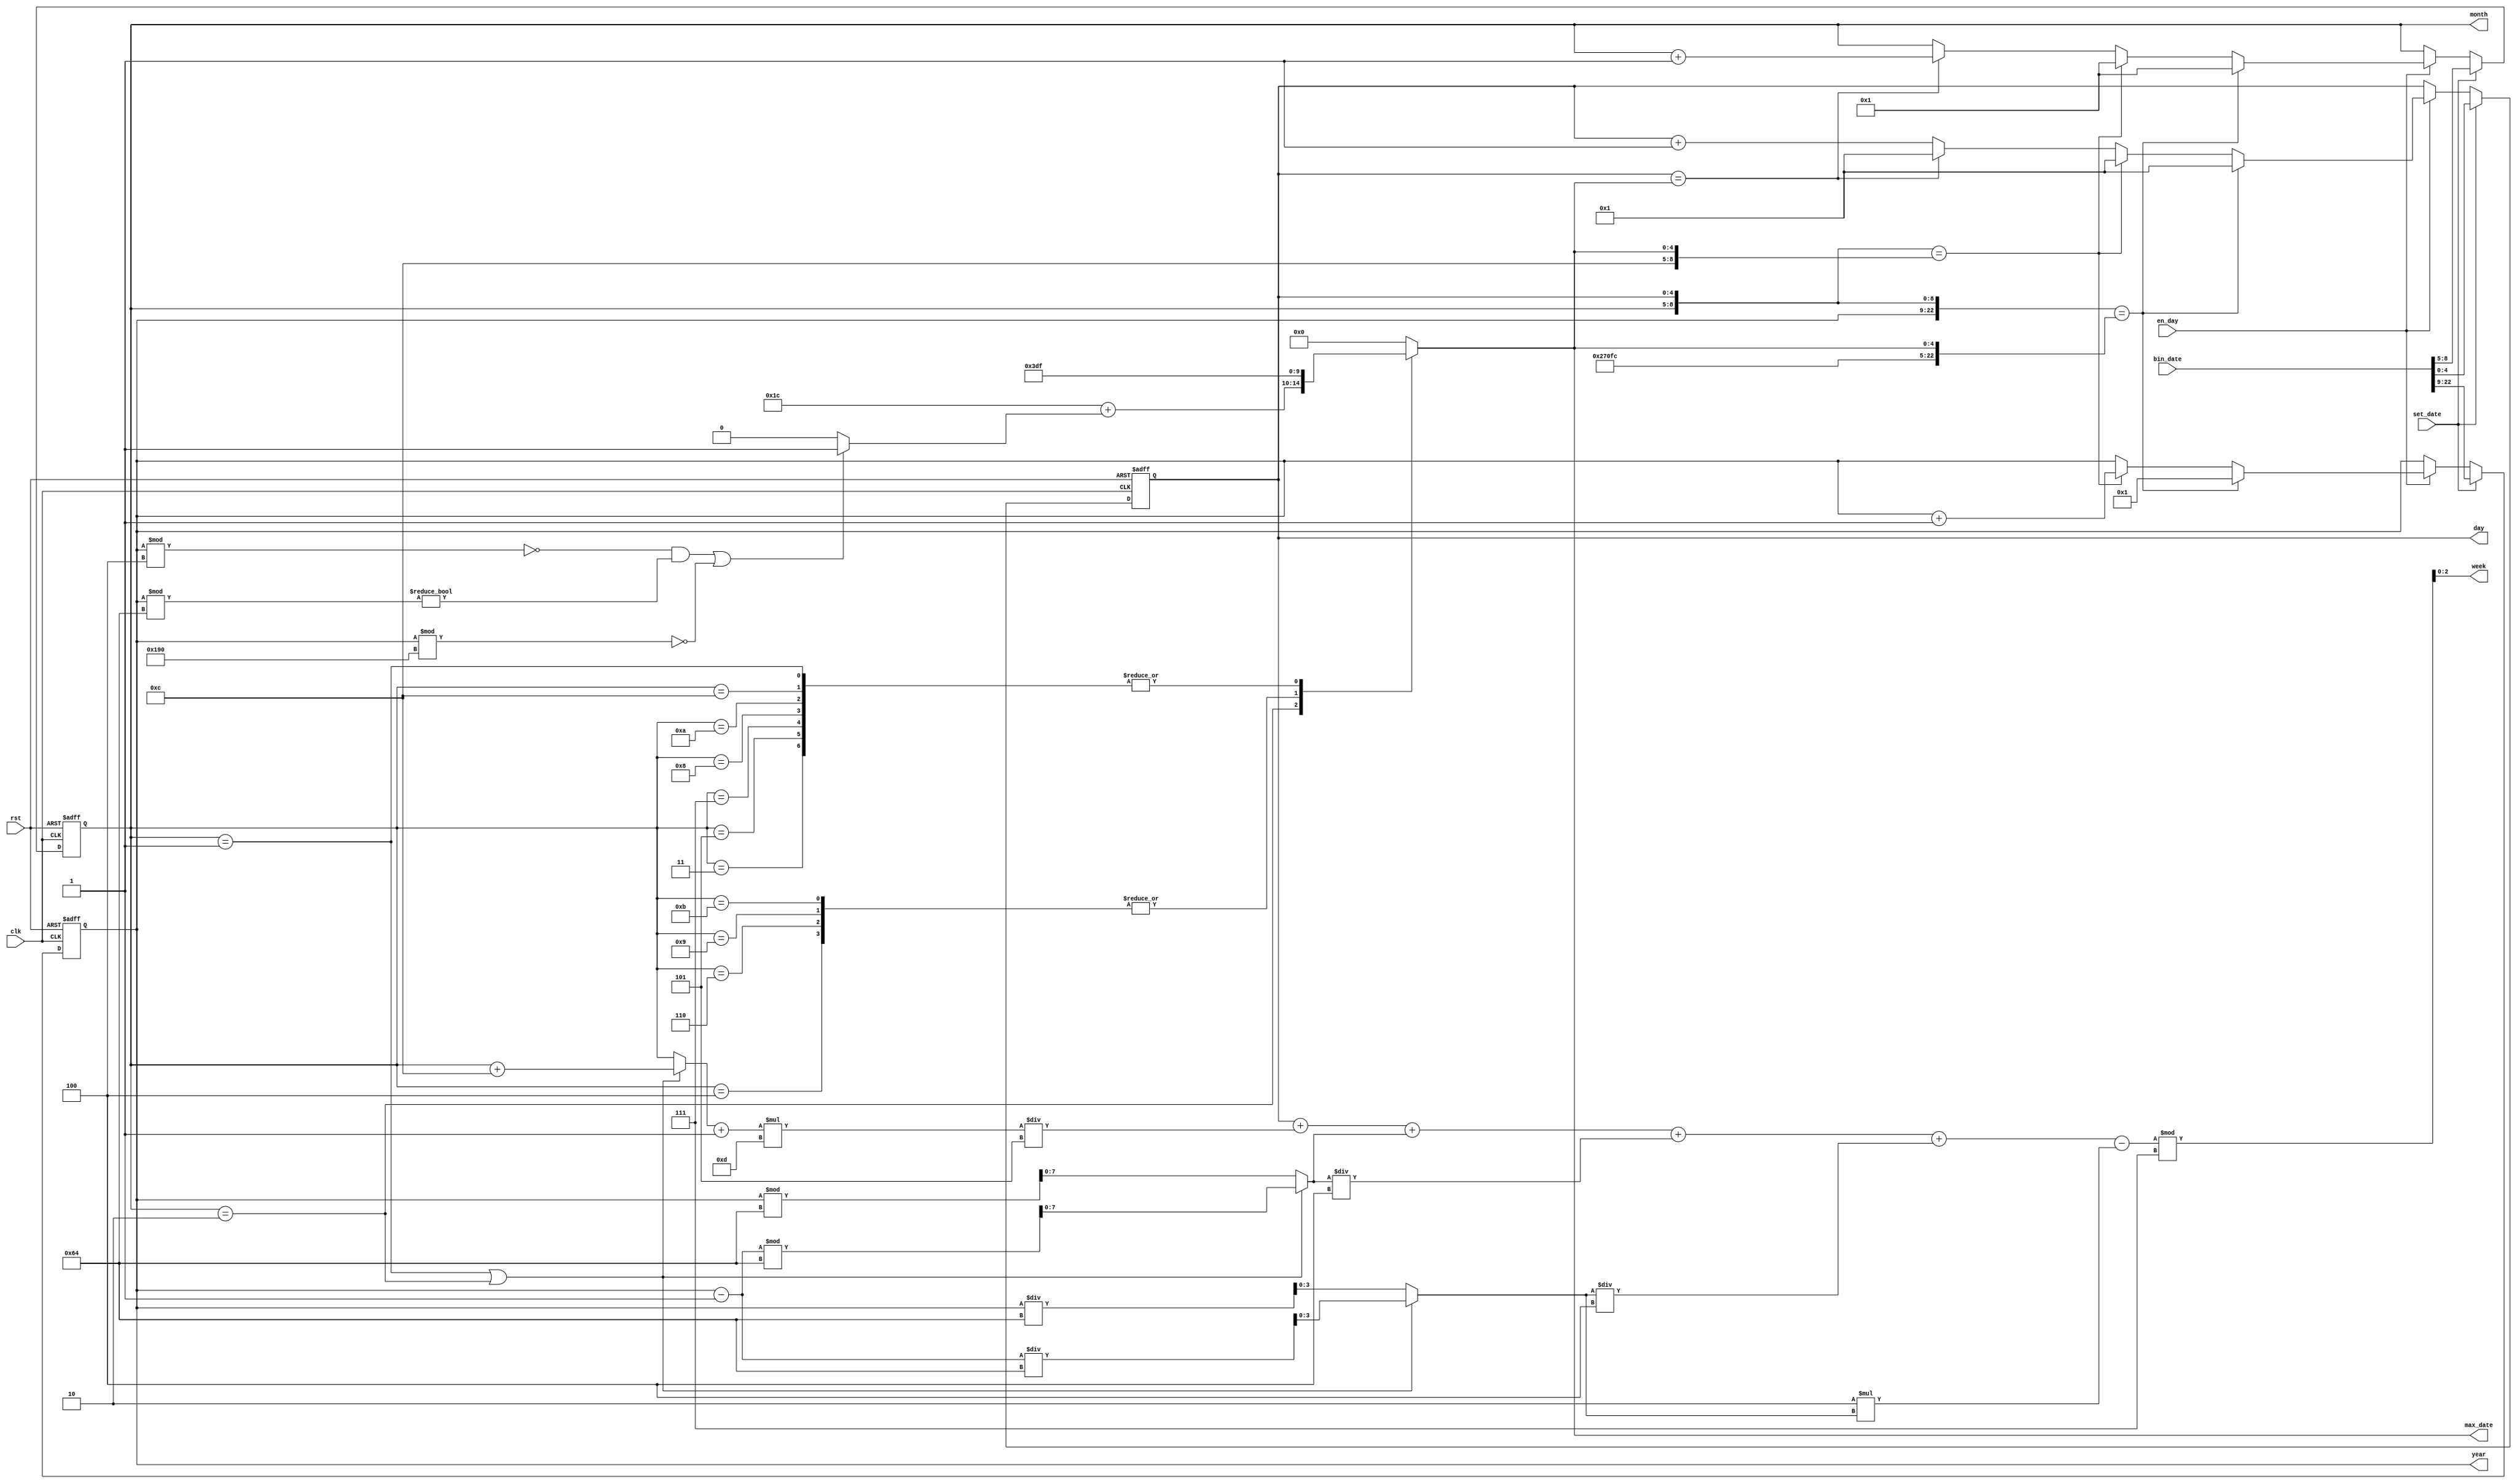
module watch_date (
	clk, rst, 
	en_day, 
	set_date,
				
	bin_date,
	max_date,
	year,
	month,
	day,
	week
	);
	
	input					clk, rst, en_day;
	input					set_date;
	input		[22:0]	bin_date;
	output	[4:0]		max_date;
	output	[13:0]	year;
	output	[3:0]		month;
	output	[4:0]		day;
	output	[2:0]		week;
	
	wire					clk, rst, en_day;
	wire		[22:0]	bin_date;
	reg		[4:0]		max_date;
	reg		[13:0]	year;
	reg		[3:0]		month;
	reg		[4:0]		day;
	wire		[2:0]		week;

	wire 	leap_year;
	

	// leap_year
	assign leap_year = (((year % 4) == 0 && (year % 100) != 0) || (year % 400) == 0) ? 1'b1 : 1'b0;
			
			
	//define of week
	wire	[7:0] k = (month == 1 || month == 2) ? (year - 1'd1) % 7'd100 : year % 7'd100;
	wire	[3:0] j = (month == 1 || month == 2) ? (year - 1'd1) / 7'd100 : year / 7'd100;
	wire	[3:0] m = (month == 1 || month == 2) ? month + 4'd12 : month;
	
	
	assign week = (day + ((m + 1'b1) * 8'd13 / 3'd5) + k + (k / 3'd4) + (j / 3'd4) - (8'd2 * j)) % 3'd7;
	
	
	
	always @ (*) begin
		case (month)
			4'd1		:	max_date	<= 5'd31;
			4'd2		:	max_date	<= 5'd28 + leap_year;
			4'd3		:	max_date	<= 5'd31;
			4'd4		:	max_date	<= 5'd30;
			4'd5		:	max_date	<= 5'd31;
			4'd6		:	max_date	<= 5'd30;
			4'd7		:	max_date	<= 5'd31;
			4'd8		:	max_date	<= 5'd31;
			4'd9		:	max_date	<= 5'd30;
			4'd10		:	max_date	<= 5'd31;
			4'd11		:	max_date	<= 5'd30;
			4'd12		:	max_date	<= 5'd31;
			default	:	max_date	<= 0;
		endcase
	end

	
	always @(posedge clk or negedge rst) begin
		if (!rst) begin
			{year, month, day}	<= 0;
		end
		else if (set_date)
			{year, month, day}	<= bin_date;
			
		else begin
			year		<= year;
			month		<= month;
			day		<= day;
			
			if (en_day) begin
				casex({year, month, day})
					{14'd9999, 4'd12, max_date} : begin
						year		<= 1'd1;
						month		<= 1'd1;
						day		<= 1'd1;
					end
					
					{14'dx, 4'd12, max_date} : begin
						year		<= year + 1'd1;
						month		<= 1'd1;
						day		<= 1'd1;
					end
					
					{14'dx, 4'dx, max_date} : begin
						year		<= year;
						month		<= month + 1'd1;
						day		<= 1'd1;
					end
					
					default : begin
						year		<= year;
						month		<= month;
						day		<= day + 1'd1;
					end
				endcase
			end
		end
	end
endmodule